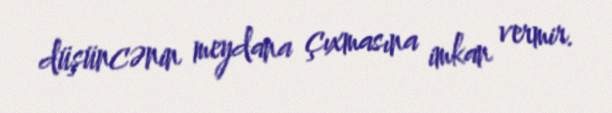
düşüncənin meydana çıxmasına imkan vermir.